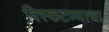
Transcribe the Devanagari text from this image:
विस्कटण्याचा